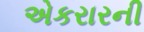
એકરારની